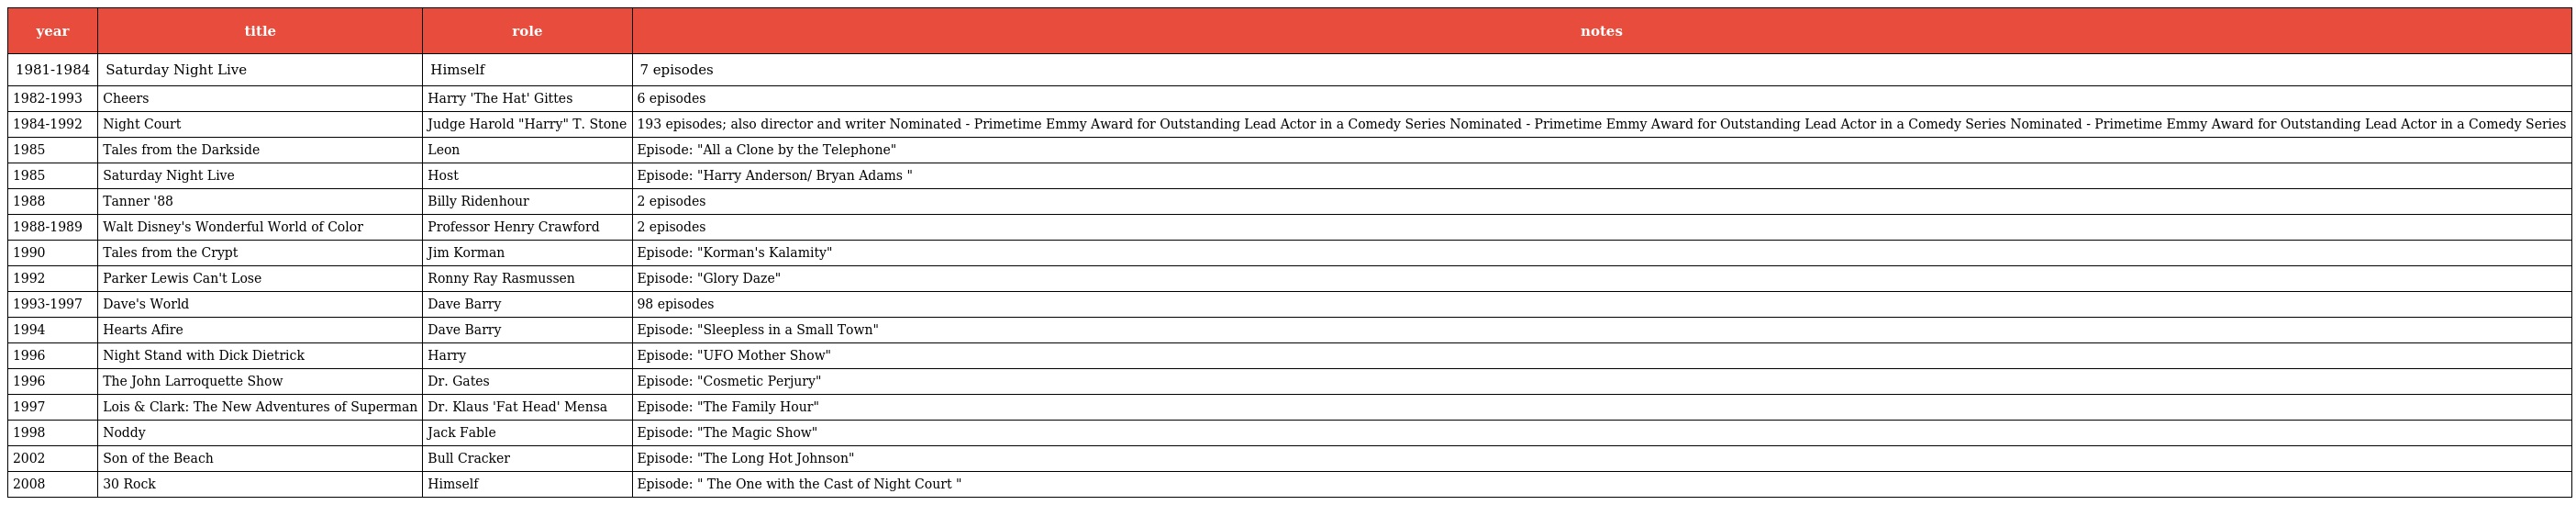
| year | title | role | notes |
 | --- | --- | --- | --- |
 | 1981-1984 | Saturday Night Live | Himself | 7 episodes |
 | 1982-1993 | Cheers | Harry 'The Hat' Gittes | 6 episodes |
 | 1984-1992 | Night Court | Judge Harold "Harry" T. Stone | 193 episodes; also director and writer Nominated - Primetime Emmy Award for Outstanding Lead Actor in a Comedy Series Nominated - Primetime Emmy Award for Outstanding Lead Actor in a Comedy Series Nominated - Primetime Emmy Award for Outstanding Lead Actor in a Comedy Series |
 | 1985 | Tales from the Darkside | Leon | Episode: "All a Clone by the Telephone" |
 | 1985 | Saturday Night Live | Host | Episode: "Harry Anderson/ Bryan Adams " |
 | 1988 | Tanner '88 | Billy Ridenhour | 2 episodes |
 | 1988-1989 | Walt Disney's Wonderful World of Color | Professor Henry Crawford | 2 episodes |
 | 1990 | Tales from the Crypt | Jim Korman | Episode: "Korman's Kalamity" |
 | 1992 | Parker Lewis Can't Lose | Ronny Ray Rasmussen | Episode: "Glory Daze" |
 | 1993-1997 | Dave's World | Dave Barry | 98 episodes |
 | 1994 | Hearts Afire | Dave Barry | Episode: "Sleepless in a Small Town" |
 | 1996 | Night Stand with Dick Dietrick | Harry | Episode: "UFO Mother Show" |
 | 1996 | The John Larroquette Show | Dr. Gates | Episode: "Cosmetic Perjury" |
 | 1997 | Lois & Clark: The New Adventures of Superman | Dr. Klaus 'Fat Head' Mensa | Episode: "The Family Hour" |
 | 1998 | Noddy | Jack Fable | Episode: "The Magic Show" |
 | 2002 | Son of the Beach | Bull Cracker | Episode: "The Long Hot Johnson" |
 | 2008 | 30 Rock | Himself | Episode: " The One with the Cast of Night Court " |